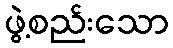
ဖွဲ့စည်းသော